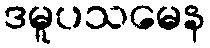
ဒမူပသမေန